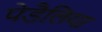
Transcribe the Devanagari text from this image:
पेडैलिया